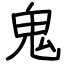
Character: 鬼